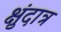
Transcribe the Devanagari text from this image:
क्षुंदात्र